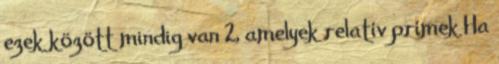
ezek között mindig van 2, amelyek relatív prímek Ha